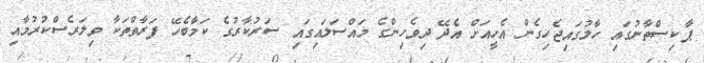
ޕާކިސްތާނުގައި ހާލުގައިޖެހިގެން އެހީއަށް އެދޭ ދިވެހިންގެ މައްސަލައިގައި ސަރުކާރުގެ ކަމާބެހޭ ފަރާތްތަކާ ވިލަރެސްކުރުމާއި